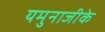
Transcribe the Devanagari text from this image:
यमुनाजीके